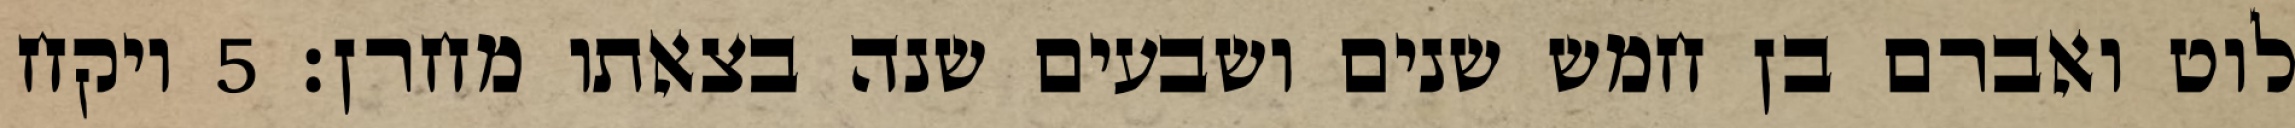
לוט ואברם בן חמש שנים ושבעים שנה בצאתו מחרן׃ ‎5‏ ויקח